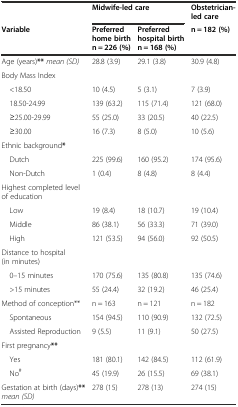
|  | <COLSPAN=2> Midwife-led care | Obstetrician-led care |
 | Variable | Preferred home birth n = 226 (%) | Preferred hospital birth n = 168 (%) | n = 182 (%) |
 | --- | --- | --- | --- |
 | Age (years)**mean (SD) | 28.8 (3.9) | 29.1 (3.8) | 30.9 (4.8) |
 | Body Mass Index |  |  |  |
 | <18.50 | 10 (4.5) | 5 (3.1) | 7 (3.9) |
 | 18.50-24.99 | 139 (63.2) | 115 (71.4) | 121 (68.0) |
 | ≥25.00-29.99 | 55 (25.0) | 33 (20.5) | 40 (22.5) |
 | ≥30.00 | 16 (7.3) | 8 (5.0) | 10 (5.6) |
 | Ethnic background* |  |  |  |
 | Dutch | 225 (99.6) | 160 (95.2) | 174 (95.6) |
 | Non-Dutch | 1 (0.4) | 8 (4.8) | 8 (4.4) |
 | Highest completed level of education |  |  |  |
 | Low | 19 (8.4) | 18 (10.7) | 19 (10.4) |
 | Middle | 86 (38.1) | 56 (33.3) | 71 (39.0) |
 | High | 121 (53.5) | 94 (56.0) | 92 (50.5) |
 | Distance to hospital (in minutes) |  |  |  |
 | 0–15 minutes | 170 (75.6) | 135 (80.8) | 135 (74.6) |
 | >15 minutes | 55 (24.4) | 32 (19.2) | 46 (25.4) |
 | Method of conception** | n = 163 | n = 121 | n = 182 |
 | Spontaneous | 154 (94.5) | 110 (90.9) | 132 (72.5) |
 | Assisted Reproduction | 9 (5.5) | 11 (9.1) | 50 (27.5) |
 | First pregnancy** |  |  |  |
 | Yes | 181 (80.1) | 142 (84.5) | 112 (61.9) |
 | No# | 45 (19.9) | 26 (15.5) | 69 (38.1) |
 | Gestation at birth (days)**mean (SD) | 278 (15) | 278 (13) | 274 (15) |